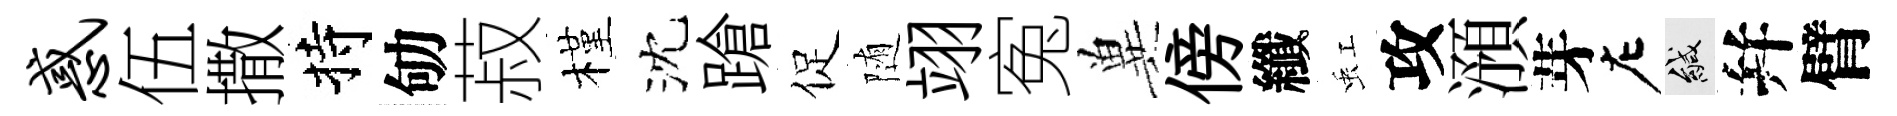
惑伍撒持劬菽槿沈蹌促随翊寃兾傍纖虹攻澦芽左緘幷臂